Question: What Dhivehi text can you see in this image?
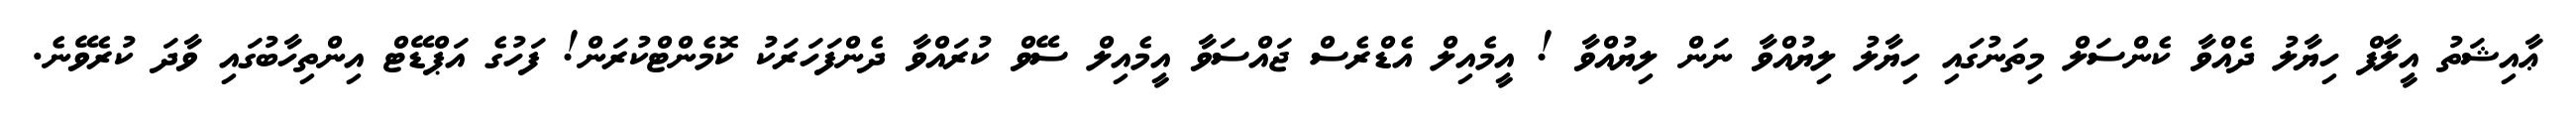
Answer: ޢާއިޝަތު އީލާފް ހިޔާލު ދެއްވާ ކެންސަލް މިތަނުގައި ހިޔާލު ލިޔުއްވާ ނަން ލިޔުއްވާ ! އީމެއިލް އެޑްރެސް ޖައްސަވާ އީމެއިލް ސޭވް ކުރައްވާ ދެންފަހަރަކު ކޮމެންޓްކުރަން! ފަހުގެ އަޕްޑޭޓް އިންތިހާބުގައި ވާދަ ކުރެވޭނެ.